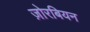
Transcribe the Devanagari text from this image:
ज़ोरबियन